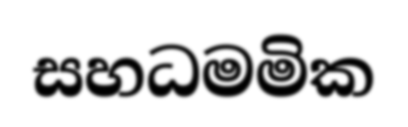
සහධමමික